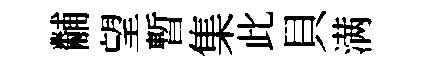
黼望暫集此貝满